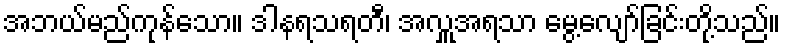
အဘယ်မည်ကုန်သော။ ဒါနရသရတီ၊ အလှူအရသာ မွေ့လျော်ခြင်းတို့သည်။